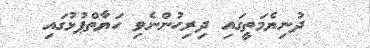
ދުނިޔެމަތީގައި ދިރިހުންނެވި ހަޔާތްޕުޅުގައި